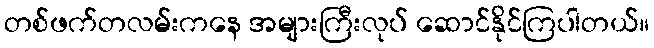
တစ်ဖက်တလမ်းကနေ အများကြီးလုပ် ဆောင်နိုင်ကြပါတယ်။